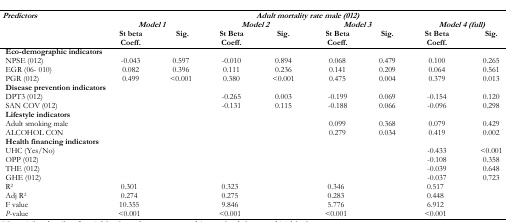
| <ROWSPAN=3> Predictors | <COLSPAN=8> Adult mortality rate male (012) |
 | <COLSPAN=2> Model 1 | <COLSPAN=2> Model 2 | <COLSPAN=2> Model 3 | <COLSPAN=2> Model 4 (full) |
 | St beta Coeff. | Sig. | St Beta Coeff. | Sig. | St Beta Coeff. | Sig. | St Beta Coeff. | Sig. |
 | --- | --- | --- | --- | --- | --- | --- | --- | --- |
 | <COLSPAN=9> Eco-demographic indicators |
 | NPSE (012) | −0.043 | 0.597 | −0.010 | 0.894 | 0.068 | 0.479 | 0.100 | 0.265 |
 | EGR (06- 010) | 0.082 | 0.396 | 0.111 | 0.236 | 0.141 | 0.209 | 0.064 | 0.561 |
 | PGR (012) | 0.499 | <0.001 | 0.380 | <0.001 | 0.475 | 0.004 | 0.379 | 0.013 |
 | <COLSPAN=9> Disease prevention indicators |
 | DPT3 (012) |  |  | −0.265 | 0.003 | −0.199 | 0.069 | −0.154 | 0.120 |
 | SAN COV (012) |  |  | −0.131 | 0.115 | −0.188 | 0.066 | −0.096 | 0.298 |
 | <COLSPAN=9> Lifestyle indicators |
 | Adult smoking male |  |  |  |  | 0.099 | 0.368 | 0.079 | 0.429 |
 | ALCOHOL CON |  |  |  |  | 0.279 | 0.034 | 0.419 | 0.002 |
 | <COLSPAN=9> Health financing indicators |
 | UHC (Yes/No) |  |  |  |  |  |  | −0.433 | <0.001 |
 | OPP (012) |  |  |  |  |  |  | −0.108 | 0.358 |
 | THE (012) |  |  |  |  |  |  | −0.039 | 0.648 |
 | GHE (012) |  |  |  |  |  |  | −0.037 | 0.723 |
 | R2 | 0.301 |  | 0.323 |  | 0.346 |  | 0.517 |  |
 | Adj R2 | 0.274 |  | 0.275 |  | 0.283 |  | 0.448 |  |
 | F value | 10.355 |  | 9.846 |  | 5.776 |  | 6.912 |  |
 | P-value | <0.001 |  | <0.001 |  | <0.001 |  | <0.001 |  |